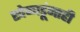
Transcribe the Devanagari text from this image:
खेळाडूंनाही